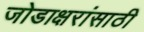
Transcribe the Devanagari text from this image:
जोडाक्षरांसाठी